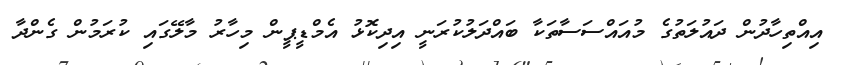
އިއްތިހާދުން ދައުލަތުގެ މުއައްސަސާތަކާ ބައްދަލުކުރަނީ އިދިކޮޅު އެމްޑީޕީން މިހާރު މާލޭގައި ކުރަމުން ގެންދާ